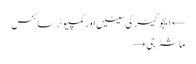
← ایجوکیٹر کی سیٹیں اور کمپیوٹر سائنس
ماشٹر جی →